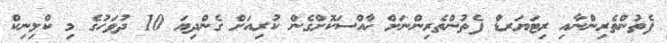
ފެތުންތެރިންނާއި ރިޓަޔަރޑް ފެތުންތެރިންނަށް ޚާއްސަކޮށްގެން ކުރިއަށް ގެންދިޔަ 10 ދުވަހުގެ މި ކްލިނިކް